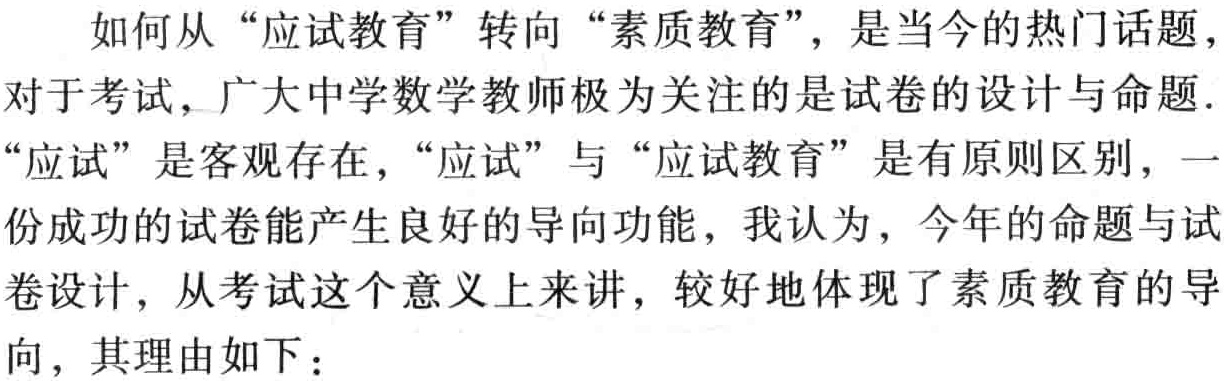
如何从“应试教育”转向“素质教育”，是当今的热门话题，对于考试，广大中学数学教师极为关注的是试卷的设计与命题.“应试”是客观存在，“应试”与“应试教育”是有原则区别，一份成功的试卷能产生良好的导向功能，我认为，今年的命题与试卷设计，从考试这个意义上来讲，较好地体现了素质教育的导向，其理由如下：